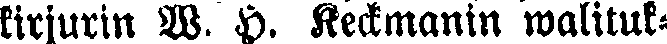
kirjurin W. H. Hedmanin walituk-